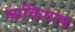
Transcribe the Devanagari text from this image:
व्यक्तियत्व